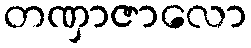
တဏှာဇာလော